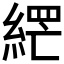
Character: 𮈘